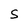
Character: S